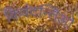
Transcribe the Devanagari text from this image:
किवंदन्तिओ